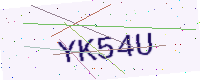
Text: YK54U